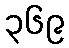
၃၆၉